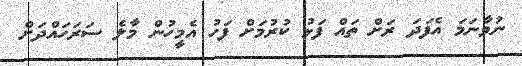
ނުވާނަމަ އެފަދަ ރަށް ތައް ފަޅު ކުރުމަށް ފަހު އެމީހުން މާލެ ސަރަހައްދަށް